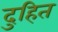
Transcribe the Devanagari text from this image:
दुहित